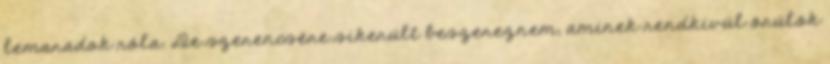
lemaradok róla. De szerencsére sikerült beszereznem, aminek rendkívül örülök